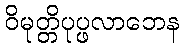
ဝိမုတ္တိပုပ္ဖလာဘေန